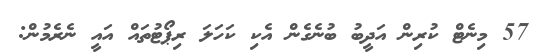
57 މިނެޓް ކުރިން އަދީބު ބުނެގެން އެކި ކަހަލަ ރިޕޯޓުތައް އައީ ނެރެމުން: